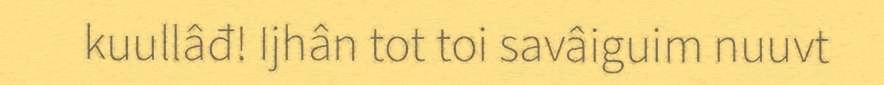
kuullâđ! Ijhân tot toi savâiguim nuuvt